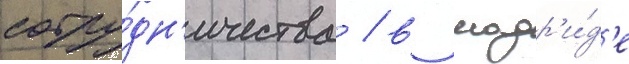
сотру́дн'ичества / в мадр'и́д'е